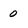
Character: 0